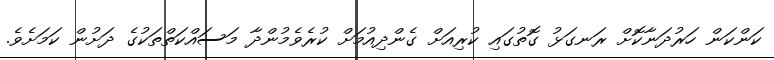
ކަންކަން ހަރުދަނާކޮށް ރަނގަޅު ގޮތުގައި ކުރިއަށް ގެންދިއުމަށް ކުރެވެމުންދާ މަސައްކަތްތަކުގެ ދަށުން ކަމަށެވެ.